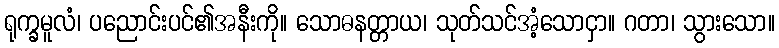
ရုက္ခမူလံ၊ ပညောင်းပင်၏အနီးကို။ သောဓနတ္တာယ၊ သုတ်သင်အံ့သောငှာ။ ဂတာ၊ သွားသော။